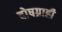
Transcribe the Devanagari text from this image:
दोषग्राही